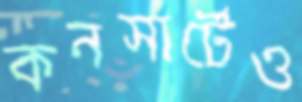
কনসার্টেও